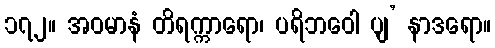
၁၇၂။ အဝမာနံ တိရက္ကာရော၊ ပရိဘဝေါ ပျ’ နာဒရော။